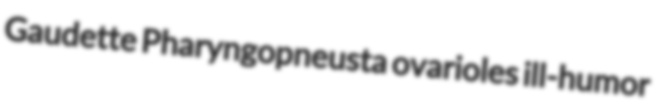
Gaudette Pharyngopneusta ovarioles ill-humor